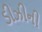
ડીઝીની